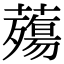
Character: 𧀫